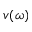
v ( \omega )